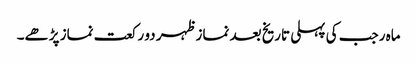
ماہ رجب کی پہلی تاریخ بعد نماز ظہر دو رکعت نماز پڑھے۔